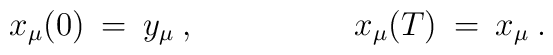
x_{\mu}(0) \> = \>y_{\mu} \> ,\hspace{2cm} x_{\mu}(T) \> = \>x_{\mu}  \> .